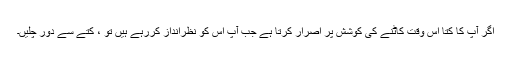
اگر آپ کا کتا اس وقت کاٹنے کی کوشش پر اصرار کرتا ہے جب آپ اس کو نظرانداز کررہے ہیں تو ، کتے سے دور چلیں۔